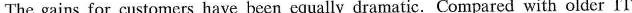
The gains for customers have been cqually dramatic,Compared with older IT